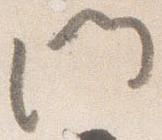
門